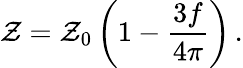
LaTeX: {\cal Z}={\cal Z}_{0}\left(1-\frac{3f}{4\pi}\right)\, .